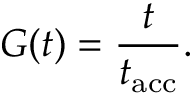
G ( t ) = \frac { t } { t _ { \mathrm { a c c } } } .